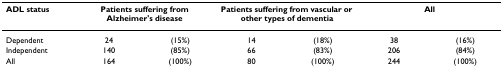
| ADL status | <COLSPAN=2> Patients suffering from Alzheimer's disease | <COLSPAN=2> Patients suffering from vascular or other types of dementia | <COLSPAN=2> All |
 | --- | --- | --- | --- | --- | --- | --- |
 | Dependent | 24 | (15%) | 14 | (18%) | 38 | (16%) |
 | Independent | 140 | (85%) | 66 | (83%) | 206 | (84%) |
 | All | 164 | (100%) | 80 | (100%) | 244 | (100%) |